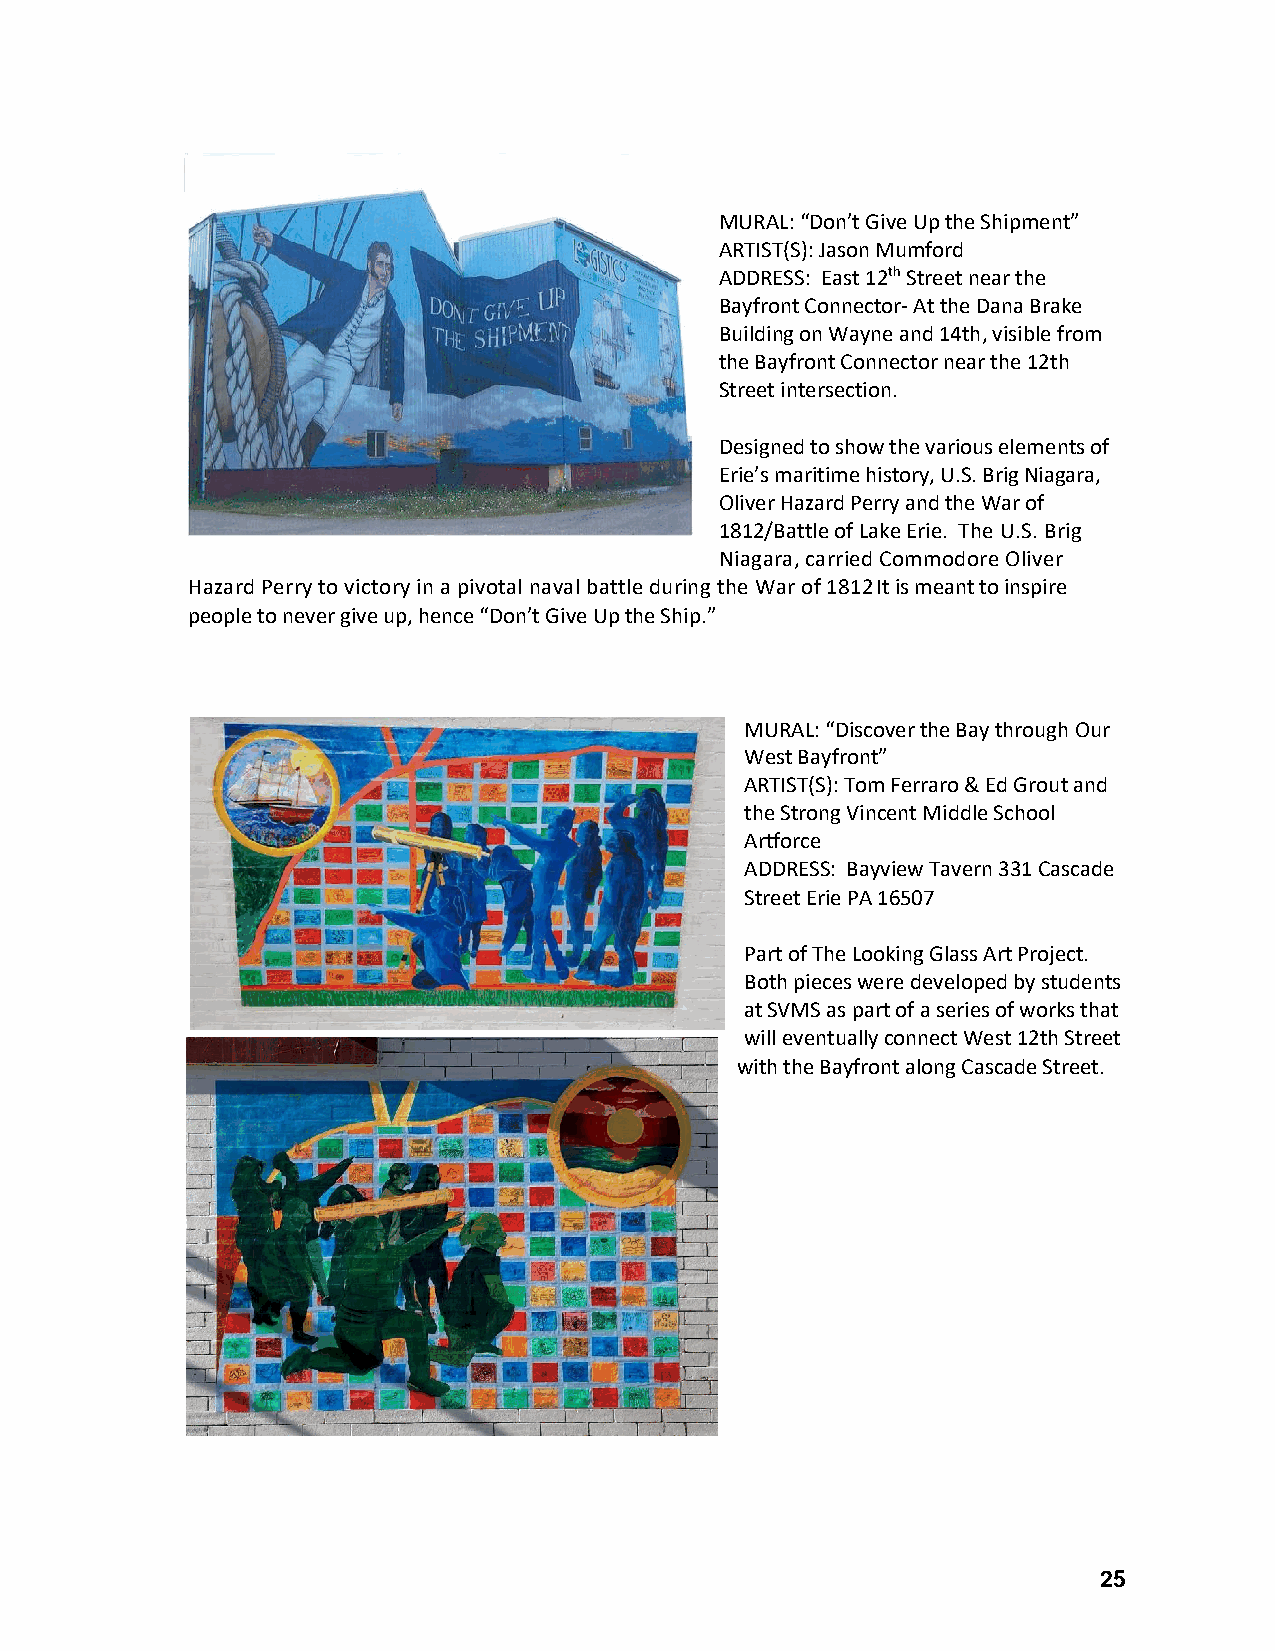
MURAL: “Don’t Give Up the Shipment”
 ARTIST(S): Jason Mumford
 ADDRESS: East 12th Street near the
 Bayfront Connector- At the Dana Brake
 Building on Wayne and 14th, visible from
 the Bayfront Connector near the 12th
 Street intersection.
 Designed to show the various elements of
 Erie’s maritime history, U.S. Brig Niagara,
 Oliver Hazard Perry and the War of
 1812/Battle of Lake Erie. The U.S. Brig
 Niagara, carried Commodore Oliver
 Hazard Perry to victory in a pivotal naval battle during the War of 1812It is meant to inspire
 people to never give up, hence “Don’t Give Up the Ship.”
 MURAL: “Discover the Bay through Our
 West Bayfront”
 ARTIST(S): Tom Ferraro & Ed Grout and
 the Strong Vincent Middle School
 Artforce
 ADDRESS: Bayview Tavern 331 Cascade
 Street Erie PA 16507
 Part of The Looking Glass Art Project.
 Both pieces were developed by students
 at SVMS as part of a series of works that
 will eventually connect West 12th Street
 with the Bayfront along Cascade Street.
 25